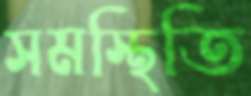
সমস্থিতি